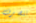
تنصرف